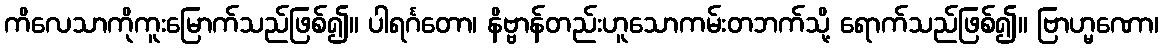
ကိလေသာကိုကူးမြောက်သည်ဖြစ်၍။ ပါရင်္ဂတော၊ နိဗ္ဗာန်တည်းဟူသောကမ်းတဘက်သို့ ရောက်သည်ဖြစ်၍။ ဗြာဟ္မဏော၊